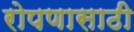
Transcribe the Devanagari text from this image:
रोपणासाठी